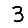
Digit: 3